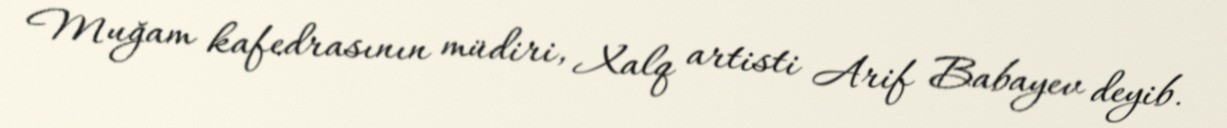
Muğam kafedrasının müdiri, Xalq artisti Arif Babayev deyib.